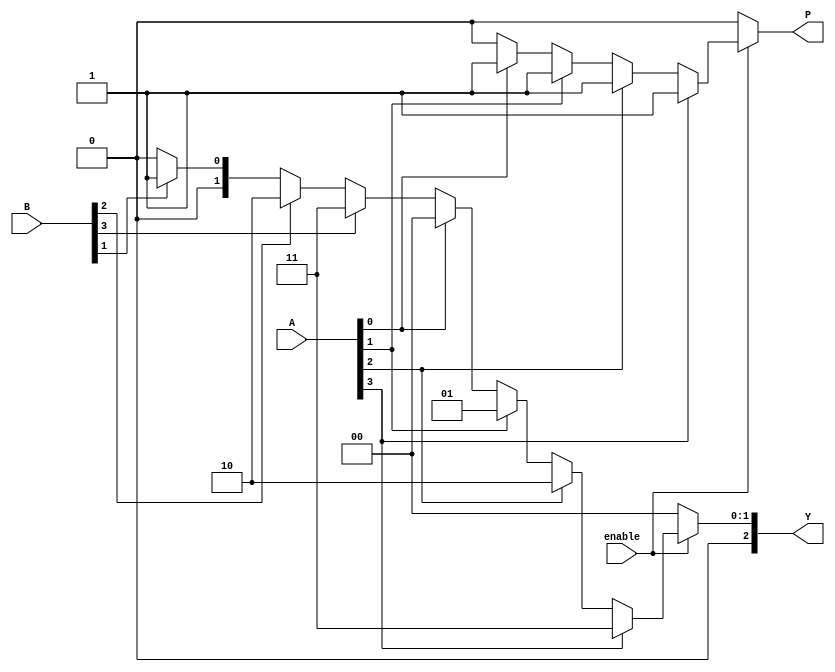
module dual_priority_encoder (
    input wire [3:0] A,        // Group A inputs A0, A1, A2, A3
    input wire [3:0] B,        // Group B inputs B0, B1, B2, B3
    input wire enable,         // Enable signal
    output reg [2:0] Y,        // 3-bit binary output
    output reg P               // Priority indicator
);

    always @(*) begin
        // Default outputs
        Y = 3'b000;  // Default to zero
        P = 1'b0;    // Default to Group A
        
        if (enable) begin
            // Check Group A inputs first
            if (A[3]) begin
                Y = 3'b011;  // A3
                P = 1'b1;
            end
            else if (A[2]) begin
                Y = 3'b010;  // A2
                P = 1'b1;
            end
            else if (A[1]) begin
                Y = 3'b001;  // A1
                P = 1'b1;
            end
            else if (A[0]) begin
                Y = 3'b000;  // A0
                P = 1'b1;
            end
            // Check Group B inputs only if Group A is not active
            else if (B[3]) begin
                Y = 3'b011;  // B3
                P = 1'b0;
            end
            else if (B[2]) begin
                Y = 3'b010;  // B2
                P = 1'b0;
            end
            else if (B[1]) begin
                Y = 3'b001;  // B1
                P = 1'b0;
            end
            else if (B[0]) begin
                Y = 3'b000;  // B0
                P = 1'b0;
            end
        end
    end

endmodule